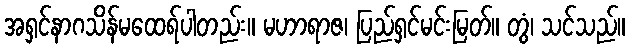
အရှင်နာဂသိန်မထေရ်ပါတည်း။ မဟာရာဇ၊ ပြည်ရှင်မင်းမြတ်။ တွံ၊ သင်သည်။